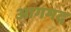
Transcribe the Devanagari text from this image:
आगमद